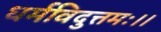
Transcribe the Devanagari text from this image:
धर्मविदुत्तमः।।